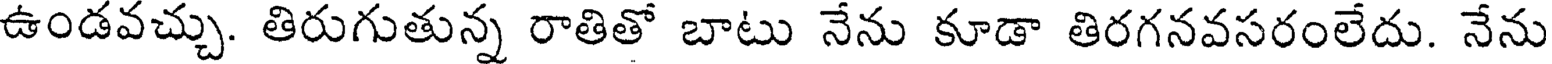
ఉండవచ్చు. తిరుగుతున్న రాతితో బాటు నేను కూడా తిరగనవసరంలేదు. నేను